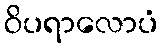
ဝိပရာလောပံ